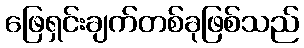
ဖြေရှင်းချက်တစ်ခုဖြစ်သည်